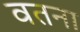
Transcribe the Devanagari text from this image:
वतना